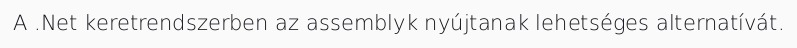
A .Net keretrendszerben az assemblyk nyújtanak lehetséges alternatívát.